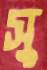
সু